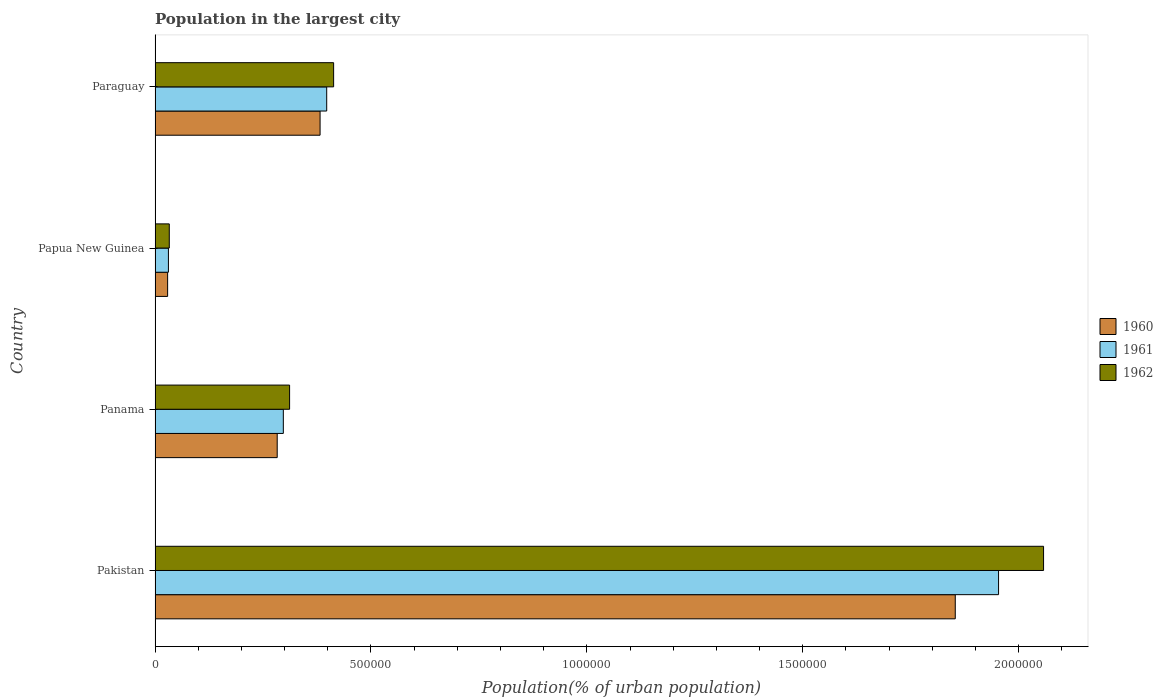
| Country | 1960 | 1961 | 1962 |
 | --- | --- | --- | --- |
 | Pakistan | 1.85e+06 | 1.95e+06 | 2.06e+06 |
 | Panama | 2.83e+05 | 2.97e+05 | 3.12e+05 |
 | Papua New Guinea | 2.91e+04 | 3.1e+04 | 3.29e+04 |
 | Paraguay | 3.82e+05 | 3.98e+05 | 4.14e+05 |